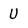
Character: U